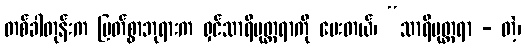
တစ်ခါတုန်းက မြတ်စွာဘုရားက ရှင်သာရိပုတ္တရာကို မေးတယ်၊ “သာရိပုတ္တရာ - တဲ့၊